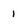
Character: 1